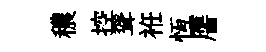
穠控聳袵恆譍